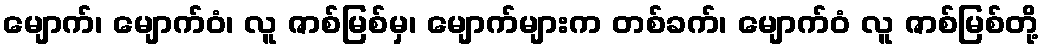
မျောက်၊ မျောက်ဝံ၊ လူ ဇာစ်မြစ်မှ၊ မျောက်များက တစ်ခက်၊ မျောက်ဝံ လူ ဇာစ်မြစ်တို့